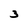
Character: 3